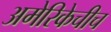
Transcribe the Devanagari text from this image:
अमेरिकेचीच